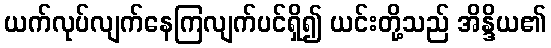
ယက်လုပ်လျက်နေကြလျက်ပင်ရှိ၍ ယင်းတို့သည် အိန္ဒိယ၏